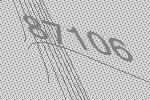
87106